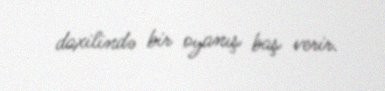
daxilində bir oyanış baş verir.